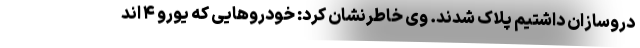
دروسازان داشتیم پلاک شدند. وی خاطرنشان کرد: خودرو‌هایی که یورو ۴ اند